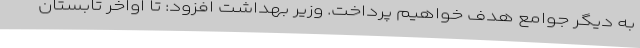
به دیگر جوامع هدف خواهیم پرداخت. وزیر بهداشت افزود: تا اواخر تابستان